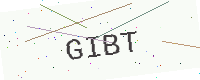
Text: GIBT